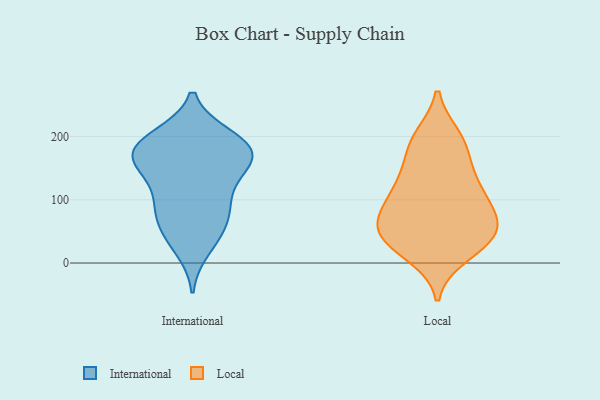
{"axis": {"x": "Market Share (%)", "y": "Value"}, "legend": ["International", "Local"], "data": [{"x": "", "y": 83, "type": "International"}, {"x": "", "y": 48, "type": "International"}, {"x": "", "y": 199, "type": "International"}, {"x": "", "y": 200, "type": "International"}, {"x": "", "y": 156, "type": "International"}, {"x": "", "y": 144, "type": "International"}, {"x": "", "y": 111, "type": "International"}, {"x": "", "y": 182, "type": "International"}, {"x": "", "y": 23, "type": "International"}, {"x": "", "y": 164, "type": "International"}, {"x": "", "y": 82, "type": "International"}, {"x": "", "y": 50, "type": "International"}, {"x": "", "y": 165, "type": "International"}, {"x": "", "y": 187, "type": "International"}, {"x": "", "y": 160, "type": "International"}, {"x": "", "y": 184, "type": "International"}, {"x": "", "y": 94, "type": "International"}, {"x": "", "y": 189, "type": "Local"}, {"x": "", "y": 60, "type": "Local"}, {"x": "", "y": 39, "type": "Local"}, {"x": "", "y": 33, "type": "Local"}, {"x": "", "y": 84, "type": "Local"}, {"x": "", "y": 35, "type": "Local"}, {"x": "", "y": 79, "type": "Local"}, {"x": "", "y": 198, "type": "Local"}, {"x": "", "y": 139, "type": "Local"}, {"x": "", "y": 104, "type": "Local"}, {"x": "", "y": 116, "type": "Local"}, {"x": "", "y": 135, "type": "Local"}, {"x": "", "y": 65, "type": "Local"}, {"x": "", "y": 46, "type": "Local"}, {"x": "", "y": 14, "type": "Local"}, {"x": "", "y": 188, "type": "Local"}]}